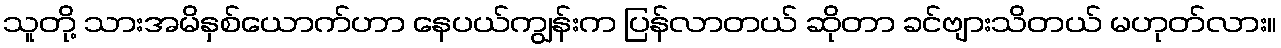
သူတို့ သားအမိနှစ်ယောက်ဟာ နေပယ်ကျွန်းက ပြန်လာတယ် ဆိုတာ ခင်ဗျားသိတယ် မဟုတ်လား။